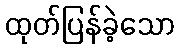
ထုတ်ပြန်ခဲ့သော